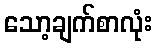
သော့ချက်စာလုံး